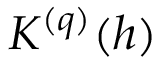
K ^ { ( q ) } ( h )